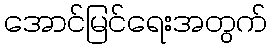
အောင်မြင်ရေးအတွက်